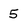
Character: 5